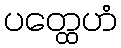
ပတ္ထေဟံ